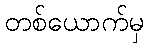
တစ်ယောက်မှ